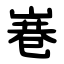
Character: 㟟